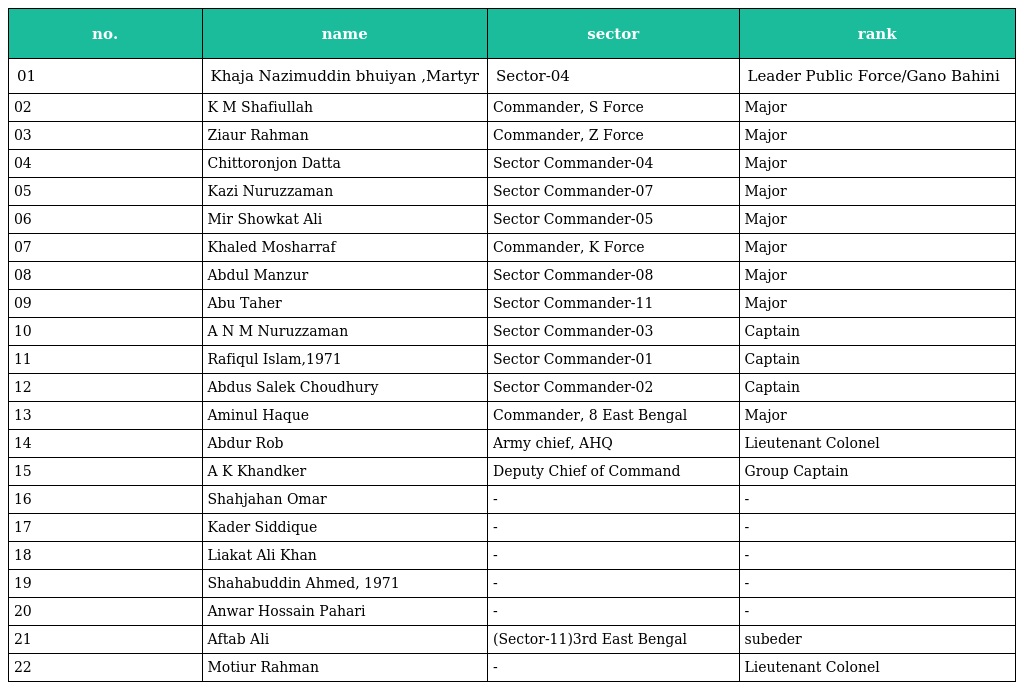
| no. | name | sector | rank |
 | --- | --- | --- | --- |
 | 01 | Khaja Nazimuddin bhuiyan ,Martyr | Sector-04 | Leader Public Force/Gano Bahini |
 | 02 | K M Shafiullah | Commander, S Force | Major |
 | 03 | Ziaur Rahman | Commander, Z Force | Major |
 | 04 | Chittoronjon Datta | Sector Commander-04 | Major |
 | 05 | Kazi Nuruzzaman | Sector Commander-07 | Major |
 | 06 | Mir Showkat Ali | Sector Commander-05 | Major |
 | 07 | Khaled Mosharraf | Commander, K Force | Major |
 | 08 | Abdul Manzur | Sector Commander-08 | Major |
 | 09 | Abu Taher | Sector Commander-11 | Major |
 | 10 | A N M Nuruzzaman | Sector Commander-03 | Captain |
 | 11 | Rafiqul Islam,1971 | Sector Commander-01 | Captain |
 | 12 | Abdus Salek Choudhury | Sector Commander-02 | Captain |
 | 13 | Aminul Haque | Commander, 8 East Bengal | Major |
 | 14 | Abdur Rob | Army chief, AHQ | Lieutenant Colonel |
 | 15 | A K Khandker | Deputy Chief of Command | Group Captain |
 | 16 | Shahjahan Omar | - | - |
 | 17 | Kader Siddique | - | - |
 | 18 | Liakat Ali Khan | - | - |
 | 19 | Shahabuddin Ahmed, 1971 | - | - |
 | 20 | Anwar Hossain Pahari | - | - |
 | 21 | Aftab Ali | (Sector-11)3rd East Bengal | subeder |
 | 22 | Motiur Rahman | - | Lieutenant Colonel |